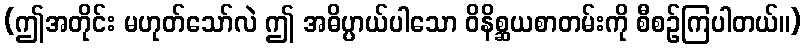
(ဤအတိုင်း မဟုတ်သော်လဲ ဤ အဓိပ္ပာယ်ပါသော ဝိနိစ္ဆယစာတမ်းကို စီစဉ်ကြပါတယ်။)